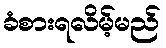
ခံစားရလိမ့်မည်